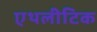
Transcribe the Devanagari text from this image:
एथलीटिक